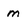
Character: m